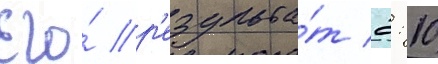
Его́ р'езульта́т 2: 10